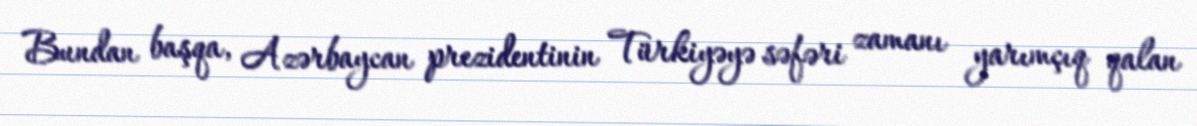
Bundan başqa, Azərbaycan prezidentinin Türkiyəyə səfəri zamanı yarımçıq qalan